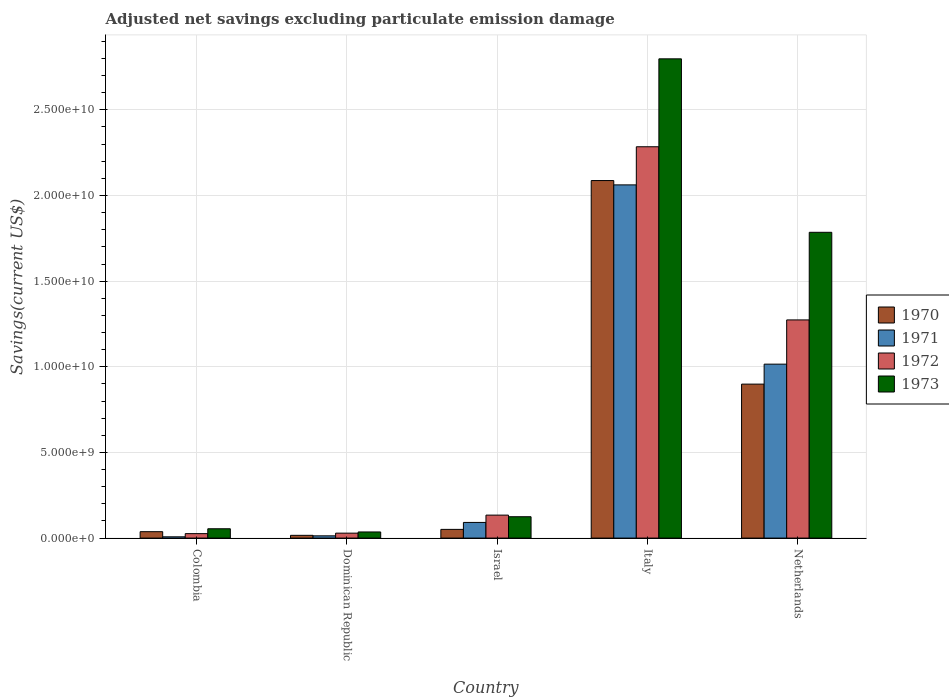
| Country | 1970 | 1971 | 1972 | 1973 |
 | --- | --- | --- | --- | --- |
 | Colombia | 3.74e+08 | 7.46e+07 | 2.6e+08 | 5.45e+08 |
 | Dominican Republic | 1.61e+08 | 1.32e+08 | 2.89e+08 | 3.58e+08 |
 | Israel | 5.08e+08 | 9.14e+08 | 1.34e+09 | 1.25e+09 |
 | Italy | 2.09e+10 | 2.06e+10 | 2.28e+10 | 2.8e+10 |
 | Netherlands | 8.99e+09 | 1.02e+10 | 1.27e+10 | 1.79e+10 |